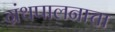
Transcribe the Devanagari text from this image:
ग्रंथपालनाचा